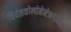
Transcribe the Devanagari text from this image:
व्हियेलकोम्पोनेन्टेनगेमिश